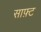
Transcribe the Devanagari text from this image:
साफ़्ट